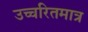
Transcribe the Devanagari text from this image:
उच्चरितमात्र